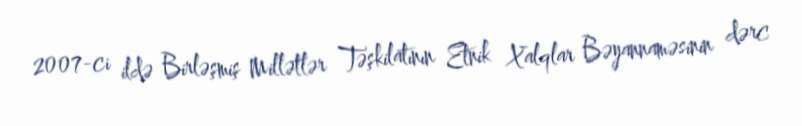
2007-ci ildə Birləşmiş Millətlər Təşkilatının Etnik Xalqlar Bəyannaməsinin dərc